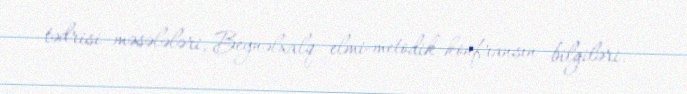
tədrisi məsələləri, Beynəlxalq elmi-metodik konfransın bilgiləri.